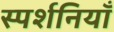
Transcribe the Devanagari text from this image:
स्पर्शनियाँ